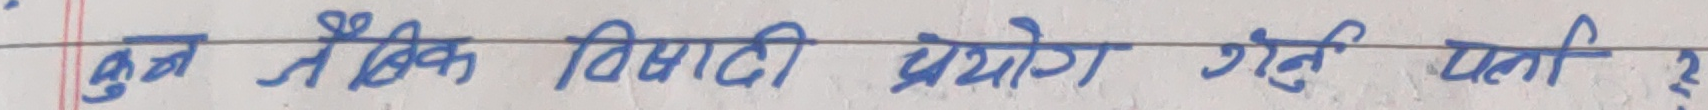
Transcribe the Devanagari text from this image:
कुन तैद्विक विषय टी प्रयोग गर्नु पर्छ ?